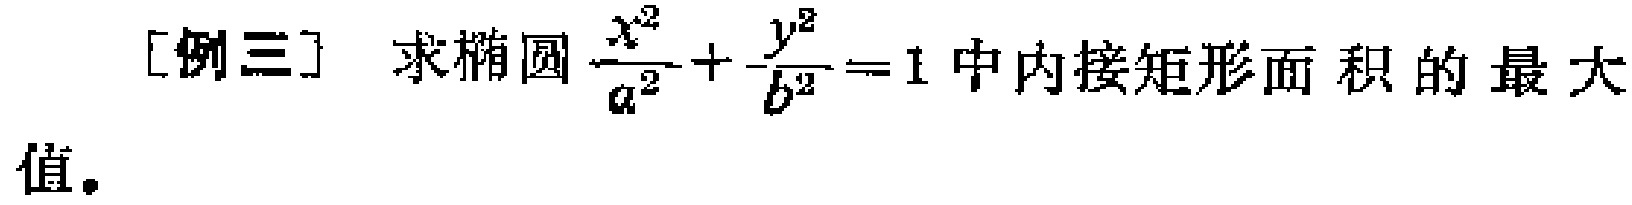
[例三] 求椭圆$\frac{x^{2}}{a^{2}}+\frac{y^{2}}{b^{2}} = 1$中内接矩形面积的最大值。